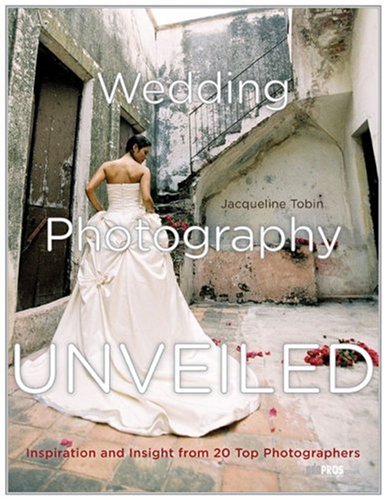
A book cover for Wedding Photography Unveiled: Inspiration and Insight from 20 Top Photographers; Jacqueline Tobin; Crafts, Hobbies & Home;